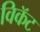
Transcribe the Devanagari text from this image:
विकॅट